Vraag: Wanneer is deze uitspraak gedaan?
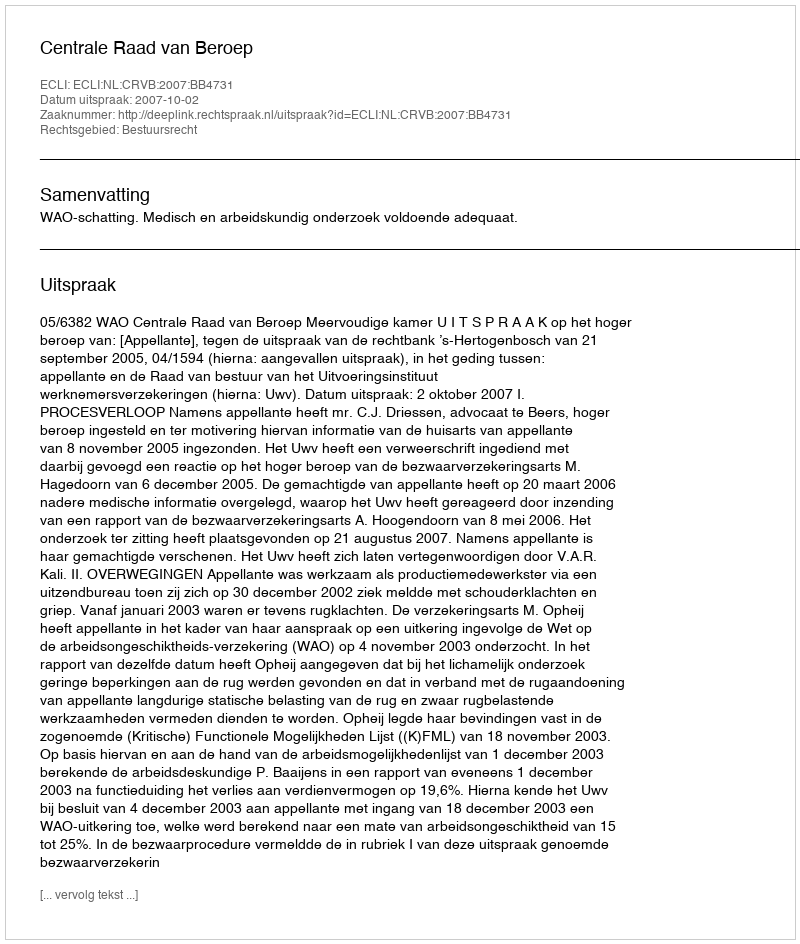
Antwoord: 2007-10-02